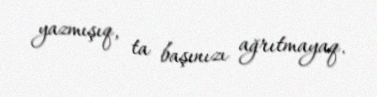
yazmışıq, ta başınızı ağrıtmayaq.